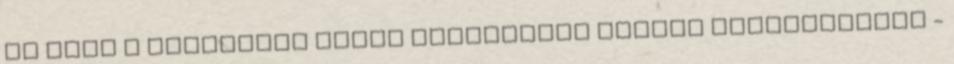
is csak a kategória egyik kötelezően elvárt követelménye -